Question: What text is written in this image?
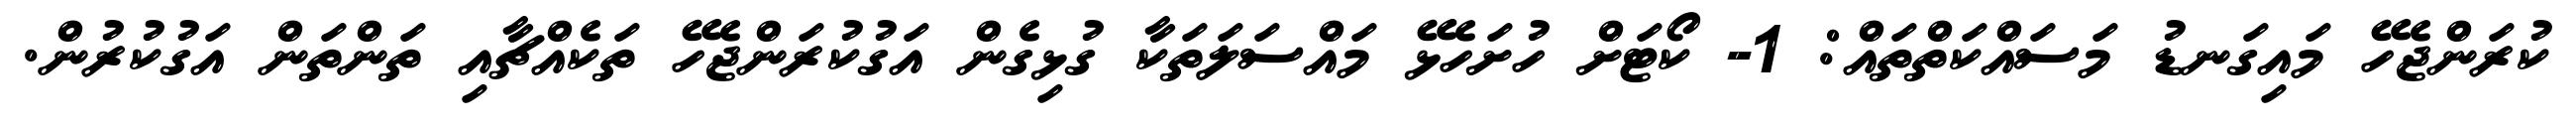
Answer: ކުރަންޖެހޭ މައިގަނޑު މަސައްކަތްތައް: 1- ކޯޓަށް ހުށަހެޅޭ މައްސަލަތަކާ ގުޅިގެން އަގުކުރަންޖެހޭ ތަކެއްޗާއި ތަންތަން އަގުކުރުން.